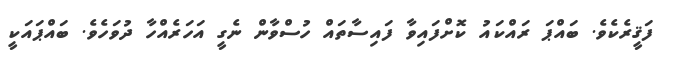
ފަޤީރެކެވެ. ބައްޕަ ރައްކައު ކޮށްފައިވާ ފައިސާތައް ހުސްވާން ނެގީ އަހަރެއްހާ ދުވަހެވެ. ބައްޕައަކީ